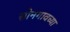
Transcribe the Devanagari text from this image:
सोनगावच्या